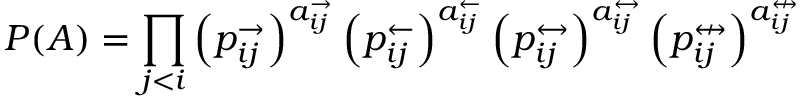
P ( A ) = \prod _ { j < i } \left( p _ { i j } ^ { \rightarrow } \right) ^ { a _ { i j } ^ { \rightarrow } } \left( p _ { i j } ^ { \leftarrow } \right) ^ { a _ { i j } ^ { \leftarrow } } \left( p _ { i j } ^ { \leftrightarrow } \right) ^ { a _ { i j } ^ { \leftrightarrow } } \left( p _ { i j } ^ { \nleftrightarrow } \right) ^ { a _ { i j } ^ { \nleftrightarrow } }